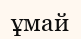
ұмай